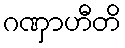
ဂဏှာဟီတိ